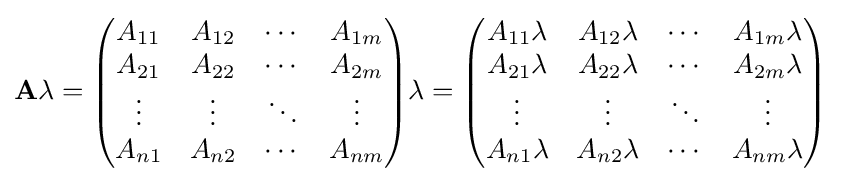
\mathbf {A} \lambda ={\begin{pmatrix}A_{11}&A_{12}&\cdots &A_{1m}\\A_{21}&A_{22}&\cdots &A_{2m}\\\vdots &\vdots &\ddots &\vdots \\A_{n1}&A_{n2}&\cdots &A_{nm}\\\end{pmatrix}}\lambda ={\begin{pmatrix}A_{11}\lambda &A_{12}\lambda &\cdots &A_{1m}\lambda \\A_{21}\lambda &A_{22}\lambda &\cdots &A_{2m}\lambda \\\vdots &\vdots &\ddots &\vdots \\A_{n1}\lambda &A_{n2}\lambda &\cdots &A_{nm}\lambda \\\end{pmatrix}}